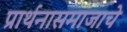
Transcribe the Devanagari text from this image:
प्रार्थनासमाजाचे